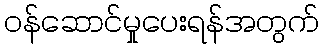
ဝန်ဆောင်မှုပေးရန်အတွက်